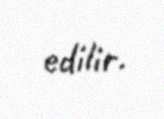
edilir.